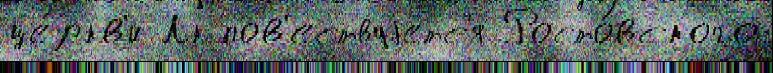
це́ркв'и Лк пов'ествуjетс'я Росто́вского